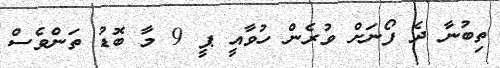
ތިބުނާ ދެ ފޯނަށް ވުރެން ހުވާއީ ޕީ 9 މާ ބޮޑު ތަންވެސް